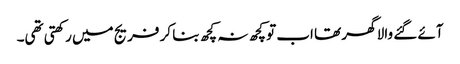
آئے گئے والا گھر تھا اب تو کچھ نہ کچھ بنا کر فریج میں رکھتی تھی۔